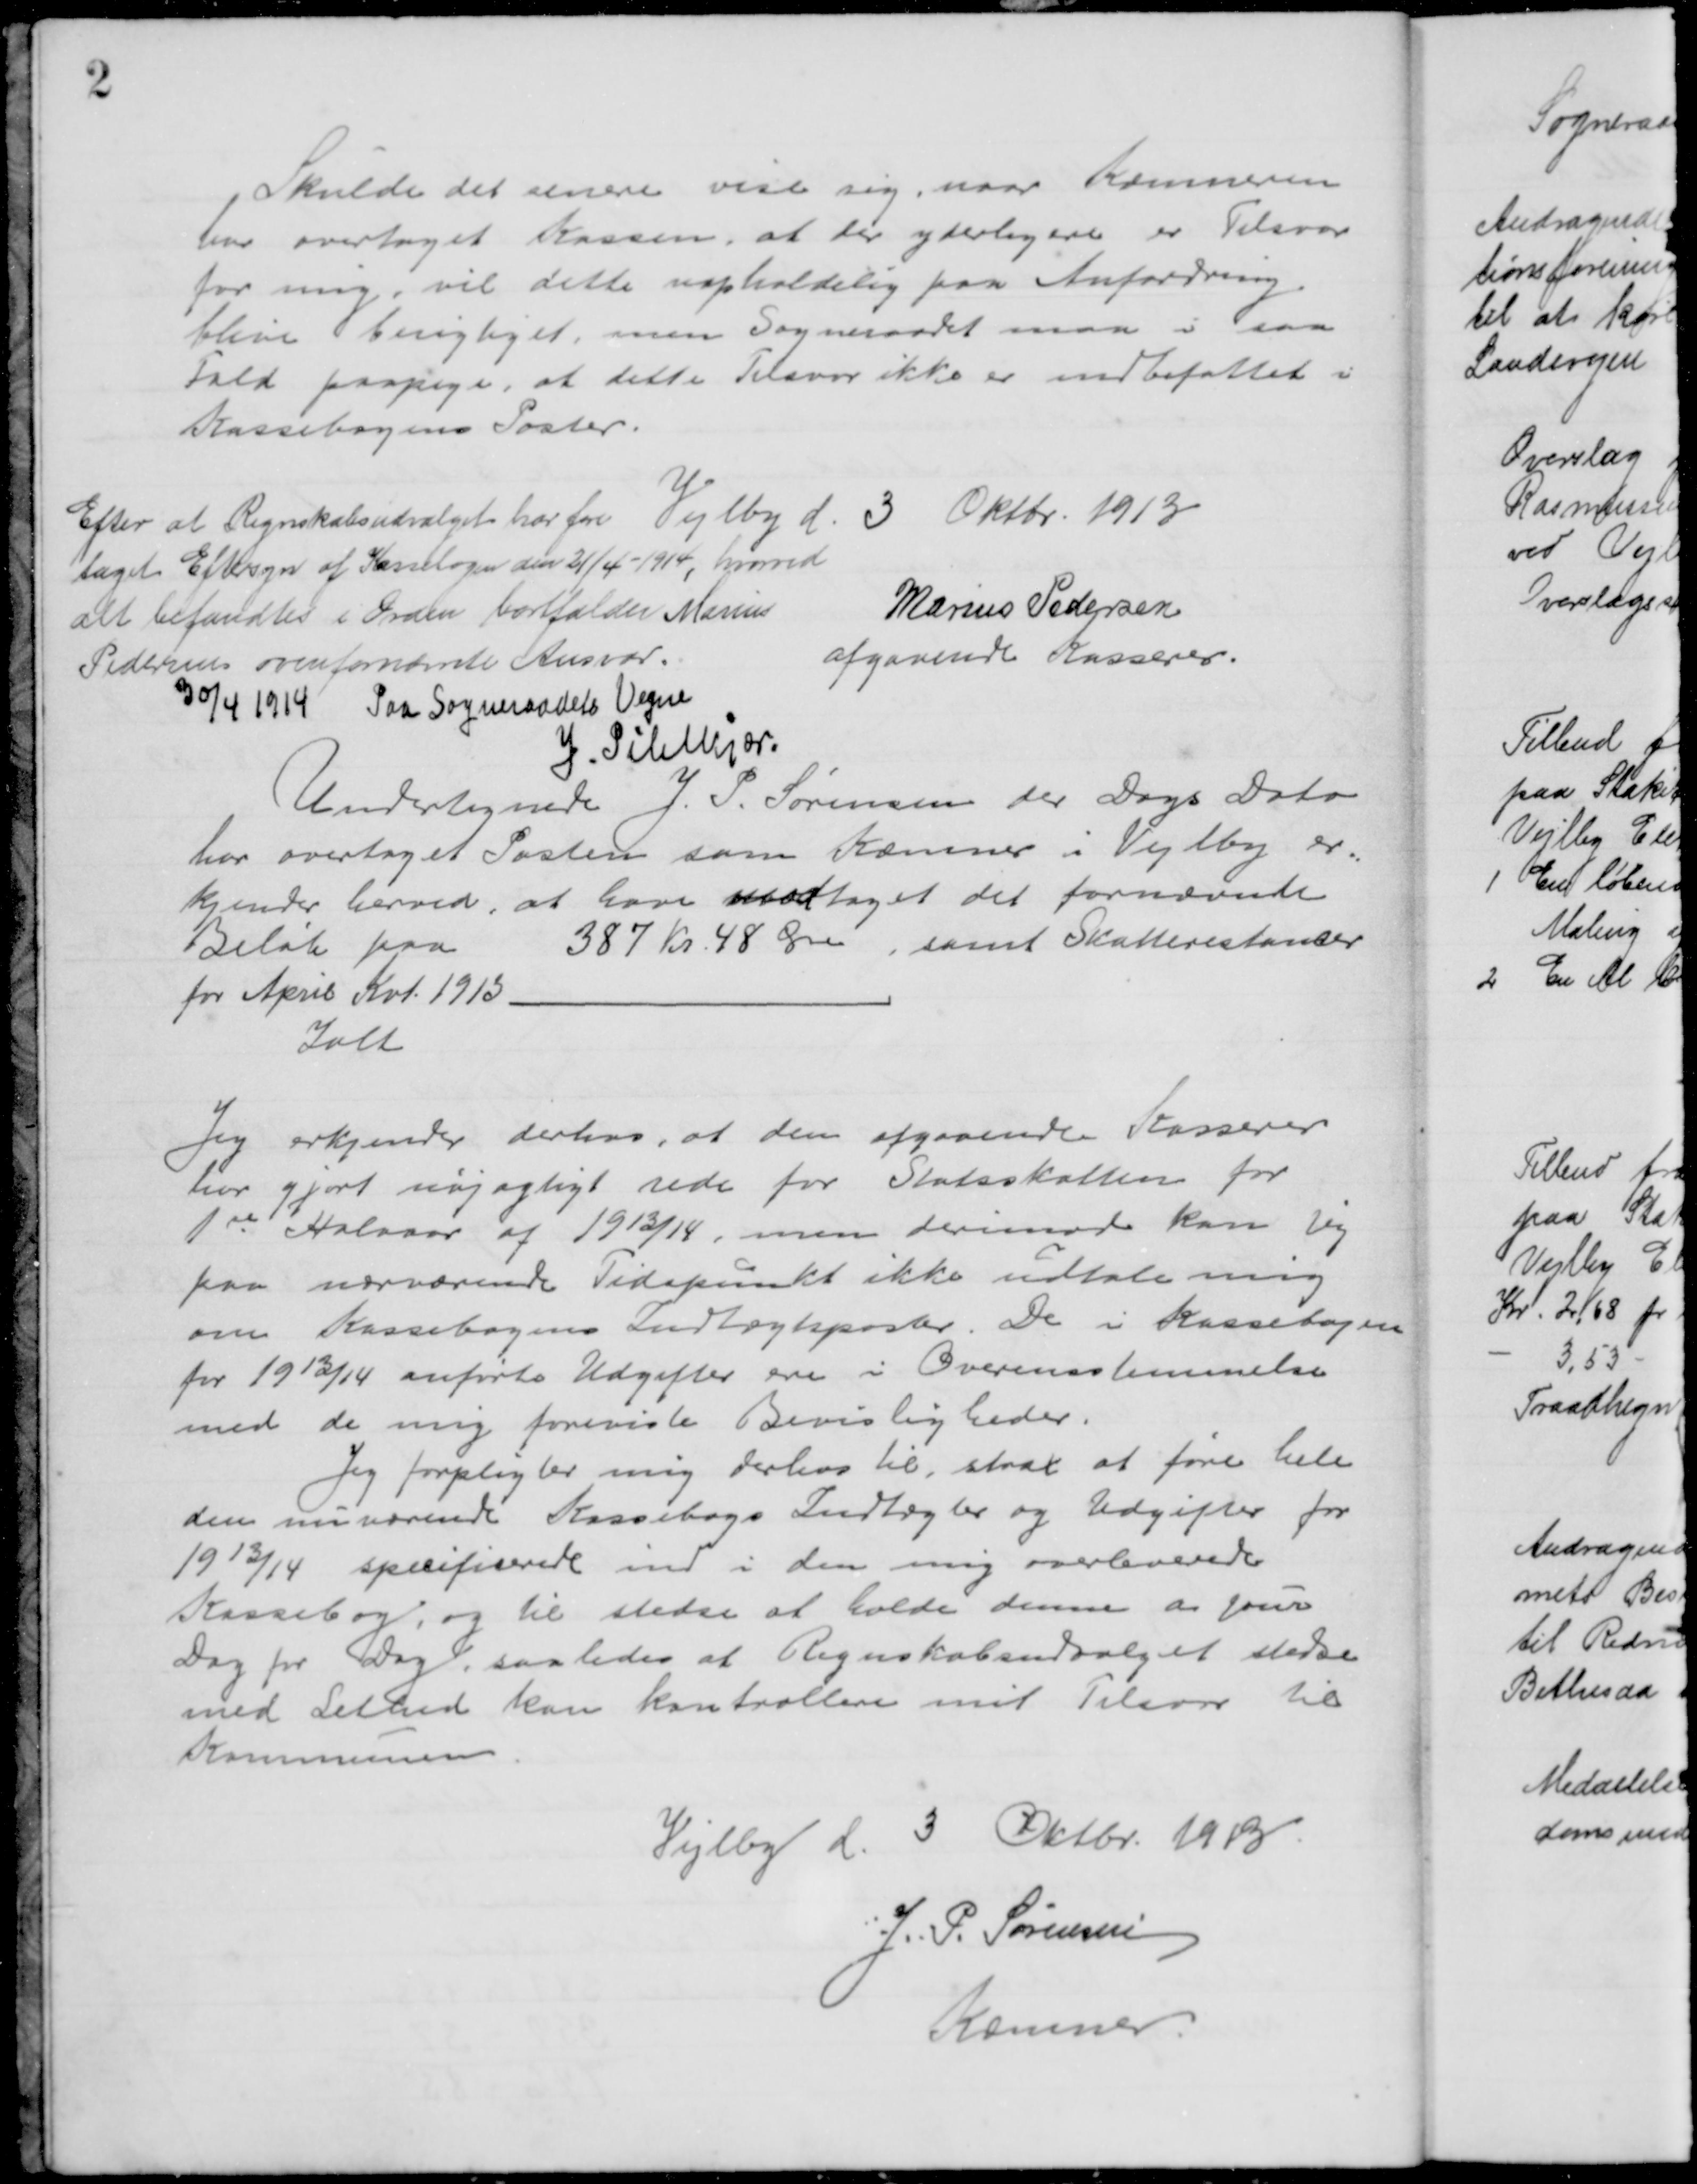
Transskription:
Skulde det senere vise sig, naar Kæmneren
har overtaget Kassen, at der yderligere er Tilsvar
for mig, vil dette uopholdelig paa Anfordring
blive berigtiget, men Sogneraadet maa i saa
Fald paapege, at dette Tilsvar ikke er indbefattet i
Kassebogens Poster.
Vejlby d. 3 Oktbr. 1913
Marius Pedersen
afgaaende Kasserer.
Efter at Regnskabsudvalget har fore
taget Eftersyn af Kassebogen den 21/4 -1914, hvorved
alt befandtes i Orden bortfalder Marius
Pedersens ovenfornævnte Ansvar.
30/4 1914. Paa Sogneraadets Vegne
J. Pihlkjær.
Undertegnede J. P. Sørensen der Dags Dato
har overtaget Posten som Kæmner i Vejlby er=
kjender herved, at have modtaget det fornævnte
Beløb paa 387 Kr. 48 Øre, samt Skatterestancer
for April Kvt. 1913.
Ialt
Jeg erkjender derhos, at den afgaaende Kasserer
har gjort nøjagtigt rede for Statsskatten for
1ste Halvaar af 1913/14, men derimod kan jeg
paa nærværende Tidspunkt ikke udtale mig
om Kassebogens Indtægtsposter. De i Kassebogen
for 1913/14 anførte Udgifter ere i Overensstemmelse
med de mig foreviste Bevisligheder.
Jeg forpligter mig derhos til, strax at føre hele 
den nuværende Kassebogs Indtægter og Udgifter for
1913/14 specificerede ind i den mig overleverede
Kassebog, og til stedse at holde denne a jour
Dag for Dag, saaledes af Regnskabsudvalget stedse
med Lethed kan kontrollere mit Tilsvar til 
Kommunen
Vejlby d. 3 Oktbr. 1913.
J. P. Sørensen
Kæmner.